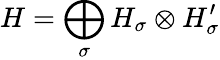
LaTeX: H=\bigoplus_{\sigma}H_{\sigma}\otimes H_{\sigma}^{\prime}